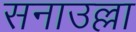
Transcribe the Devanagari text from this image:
सनाउल्ला